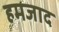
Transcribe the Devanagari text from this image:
हमजाद